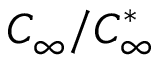
C _ { \infty } / C _ { \infty } ^ { * }